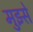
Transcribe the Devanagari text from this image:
मुझ्से